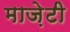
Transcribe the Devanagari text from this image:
माज़ेटी